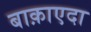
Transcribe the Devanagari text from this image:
बाक़ाएदा